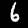
Digit: 6